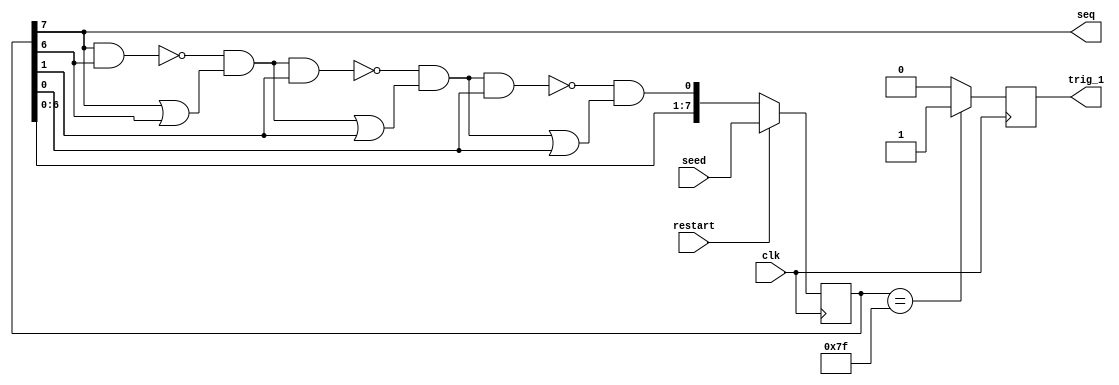
`timescale 1ns / 1ps
/**
* Company: ALTER, TFB-UPM
* Description:  8 bit up LFSR Generator. 
*               Generates a m-sequence in direct order.
*               It also generates a trigger each time the registers
*               agree with the seed. It may be used to triger the signal
*               in an osciloscope.
*               The polynomial used must be the same as in the updown IP
*               
*/


module LFSR8bitUp(
    input clk,
    input restart,
    input [7:0] seed,
    output seq,
    output trig_1
    );
    
    //This will always be the seed at imput at the normal LFSR and the trigger
    //must plug when this is the seed. So that in the shifted LFSR the frequency
    //of the trigger is much smaller
    localparam[7:0] basicSeed_1 = 8'b01111111;//synchronize some components
    localparam[7:0] basicSeed = 8'b11111111;//synchronize other components
    
    reg [7:0] registro;
    wire rd1, rd2, rd3;
    reg t, t_1;
    

   //direct
   
    assign rd1 = (~(registro[7] & registro[6])) & (registro[7] | registro[6]);
    assign rd2 = (~(rd1 & registro[1])) & (rd1 | registro[1]);
    assign rd3 = (~(rd2 & registro[0])) & (rd2 | registro[0]);
    
    assign trig_1 = t_1;
    assign seq = registro[7];
    
    always @(posedge clk) begin
        if (restart) begin
          registro = seed;
        end
        else begin
            registro = {registro[6:0], rd3};
        end
    end
    
    always @(posedge clk) begin
        
        if(registro == basicSeed_1)begin
            t_1 = 1;      
        end
        else begin
            t_1 = 0;
        end
    
    end
    
endmodule